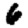
Digit: 6